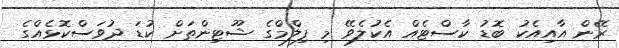
ރޭން އާއިއެކު ބޮޑު ކާސްޓެއް އެކުލެވޭ މި ފިލްމްގެ ޝޫޓިންތަށް ކުޑަ ދުވަސްކޮޅެއްގެ